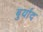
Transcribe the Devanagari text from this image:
बुर्याद